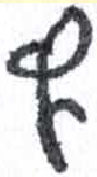
אות: ף